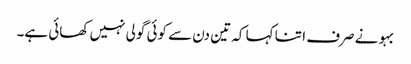
بہو نے صرف ا تنا کہا کہ تین دن سے کوئی گولی نہیں کھائی ہے۔